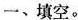
一、填空。